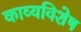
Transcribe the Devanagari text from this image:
काव्यविशेष